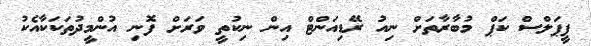
ޕީޕަލްސް ކަޕް މުބާރާތަށް ނިއު ރޭޑިއަންޓް އިން ނިކުތީ ވަރަށް ފޮނި އުންމީދުތަކަކާއެކު